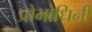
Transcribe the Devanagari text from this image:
प्रोभोधिनी